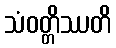
သံဝတ္တိဿတိ